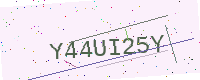
Text: Y44UI25Y